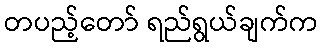
တပည့်တော် ရည်ရွယ်ချက်က